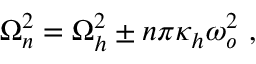
\Omega _ { n } ^ { 2 } = \Omega _ { h } ^ { 2 } \pm n \pi \kappa _ { h } \omega _ { o } ^ { 2 } \ ,